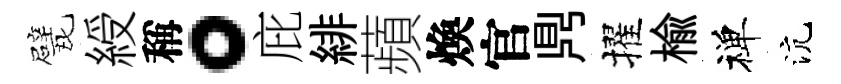
戏綬稱。庇緋蘋煥官𪔂擢楡禅沆